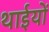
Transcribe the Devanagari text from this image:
थाईयों